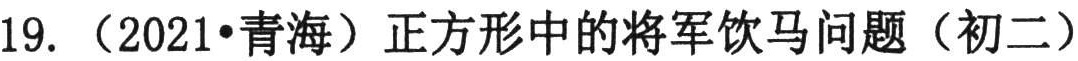
19. （2021•青海）正方形中的将军饮马问题（初二）